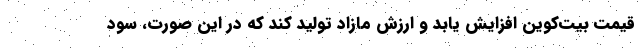
قیمت بیت‌کوین افزایش یابد و ارزش مازاد تولید کند که در این صورت، سود